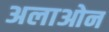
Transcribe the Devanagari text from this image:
अलाओन